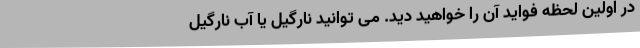
در اولین لحظه فواید آن را خواهید دید. می توانید نارگیل یا آب نارگیل